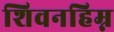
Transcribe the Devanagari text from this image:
शिवनहिम्न